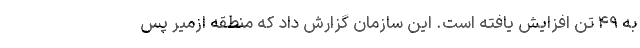
به ۴۹ تن افزایش یافته است. این سازمان گزارش داد که منطقه ازمیر پس